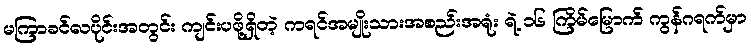
မကြာခင်လပိုင်းအတွင်း ကျင်းပဖို့ရှိတဲ့ ကရင်အမျိုးသားအစည်းအရုံး ရဲ့ ၁၆ ကြိမ်မြောက် ကွန်ဂရက်မှာ